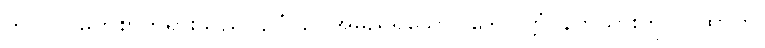
ဘဂဝါ၊ မြတ်စွာဘုရားသည်။ ဥဂ္ဂံ၊ ဥဂ္ဂအမည်ရှိသော။ ဒေဝပုတ္တံ၊ နတ်သားကို။ ဂါထာဟိ၊